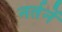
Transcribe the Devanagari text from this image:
नर्तनें